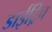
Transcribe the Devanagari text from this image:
डाईट्रिच